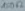
Text: 100Ω